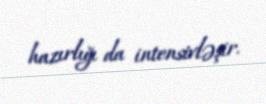
hazırlığı da intensivləşir.